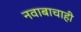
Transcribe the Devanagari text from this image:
नवाबाचाही